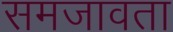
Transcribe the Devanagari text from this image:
समजावता